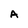
Character: A